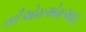
સીએમએમઆઇ